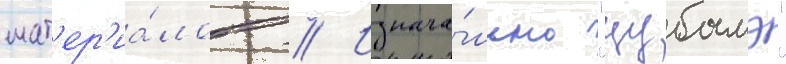
мат'ер'иа́лов // Изнача́льно "цубамэ"